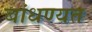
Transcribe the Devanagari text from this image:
बांधण्यत